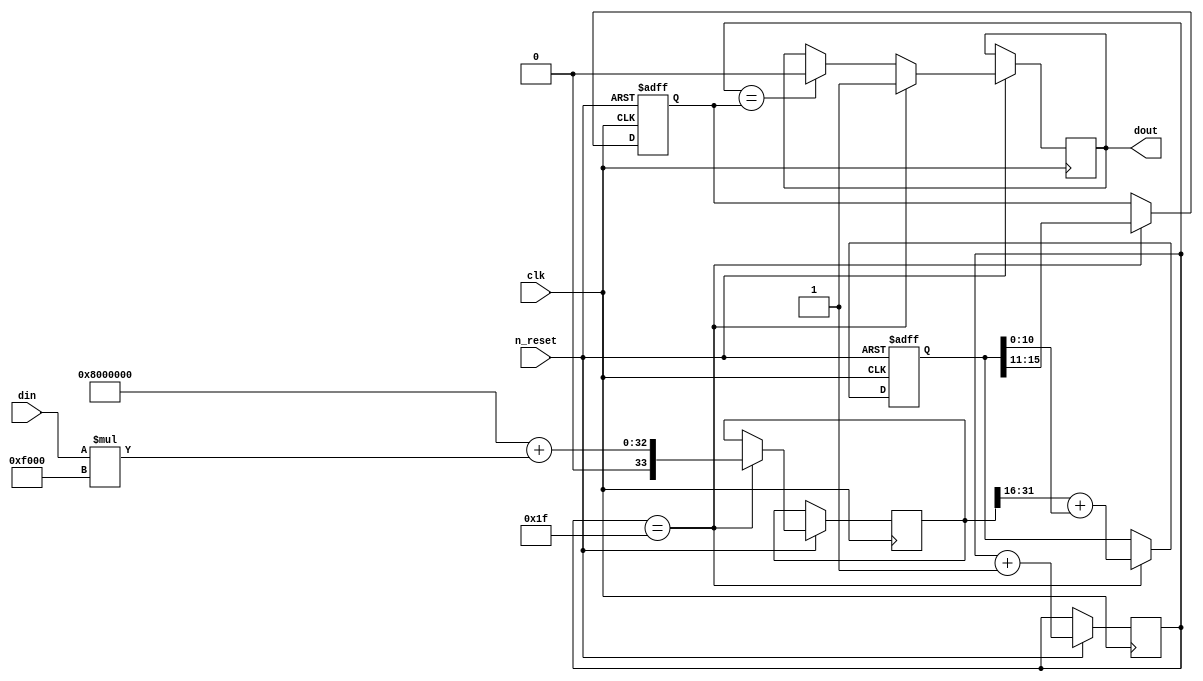
/*
  
   Multicore 2 / Multicore 2+
  
   Copyright (c) 2017-2020 - Victor Trucco

  
   All rights reserved
  
   Redistribution and use in source and synthezised forms, with or without
   modification, are permitted provided that the following conditions are met:
  
   Redistributions of source code must retain the above copyright notice,
   this list of conditions and the following disclaimer.
  
   Redistributions in synthesized form must reproduce the above copyright
   notice, this list of conditions and the following disclaimer in the
   documentation and/or other materials provided with the distribution.
  
   Neither the name of the author nor the names of other contributors may
   be used to endorse or promote products derived from this software without
   specific prior written permission.
  
   THIS CODE IS PROVIDED BY THE COPYRIGHT HOLDERS AND CONTRIBUTORS "AS IS"
   AND ANY EXPRESS OR IMPLIED WARRANTIES, INCLUDING, BUT NOT LIMITED TO,
   THE IMPLIED WARRANTIES OF MERCHANTABILITY AND FITNESS FOR A PARTICULAR
   PURPOSE ARE DISCLAIMED. IN NO EVENT SHALL THE AUTHOR OR CONTRIBUTORS BE
   LIABLE FOR ANY DIRECT, INDIRECT, INCIDENTAL, SPECIAL, EXEMPLARY, OR
   CONSEQUENTIAL DAMAGES (INCLUDING, BUT NOT LIMITED TO, PROCUREMENT OF
   SUBSTITUTE GOODS OR SERVICES; LOSS OF USE, DATA, OR PROFITS; OR BUSINESS
   INTERRUPTION) HOWEVER CAUSED AND ON ANY THEORY OF LIABILITY, WHETHER IN
   CONTRACT, STRICT LIABILITY, OR TORT (INCLUDING NEGLIGENCE OR OTHERWISE)
   ARISING IN ANY WAY OUT OF THE USE OF THIS SOFTWARE, EVEN IF ADVISED OF THE
   POSSIBILITY OF SUCH DAMAGE.
  
   You are responsible for any legal issues arising from your use of this code.
  
*/// Hybrid PWM / Sigma Delta converter
//
// Uses 5-bit PWM, wrapped within a 10-bit Sigma Delta, with the intention of
// increasing the pulse width, since narrower pulses seem to equate to more noise

module hybrid_pwm_sd
(
	input clk,
	input n_reset,
	input [15:0] din,
	output dout
);

reg [4:0] pwmcounter;
reg [4:0] pwmthreshold;
reg [33:0] scaledin;
reg [15:0] sigma;
reg out;

assign dout=out;

always @(posedge clk, negedge n_reset) // FIXME reset logic;
begin
	if(!n_reset)
	begin
		sigma<=16'b00000100_00000000;
		pwmthreshold<=5'b10000;
	end
	else
	begin
		pwmcounter<=pwmcounter+1'b1;

		if(pwmcounter==pwmthreshold)
			out<=1'b0;

		if(pwmcounter==5'b11111) // Update threshold when pwmcounter reaches zero
		begin
			// Pick a new PWM threshold using a Sigma Delta
			scaledin<=33'd134217728 // (1<<(16-5))<<16, offset to keep centre aligned.
				+({1'b0,din}*61440); // 30<<(16-5)-1;
			sigma<=scaledin[31:16]+{4'b0,sigma[10:0]};	// Will use previous iteration's scaledin value
			pwmthreshold<=sigma[15:11]; // Will lag 2 cycles behind, but shouldn't matter.
			out<=1'b1;
		end

	end
end

endmodule